65_HS1-834228961_62-HQ-83894_Section_5
Agency: FBI
Page 174
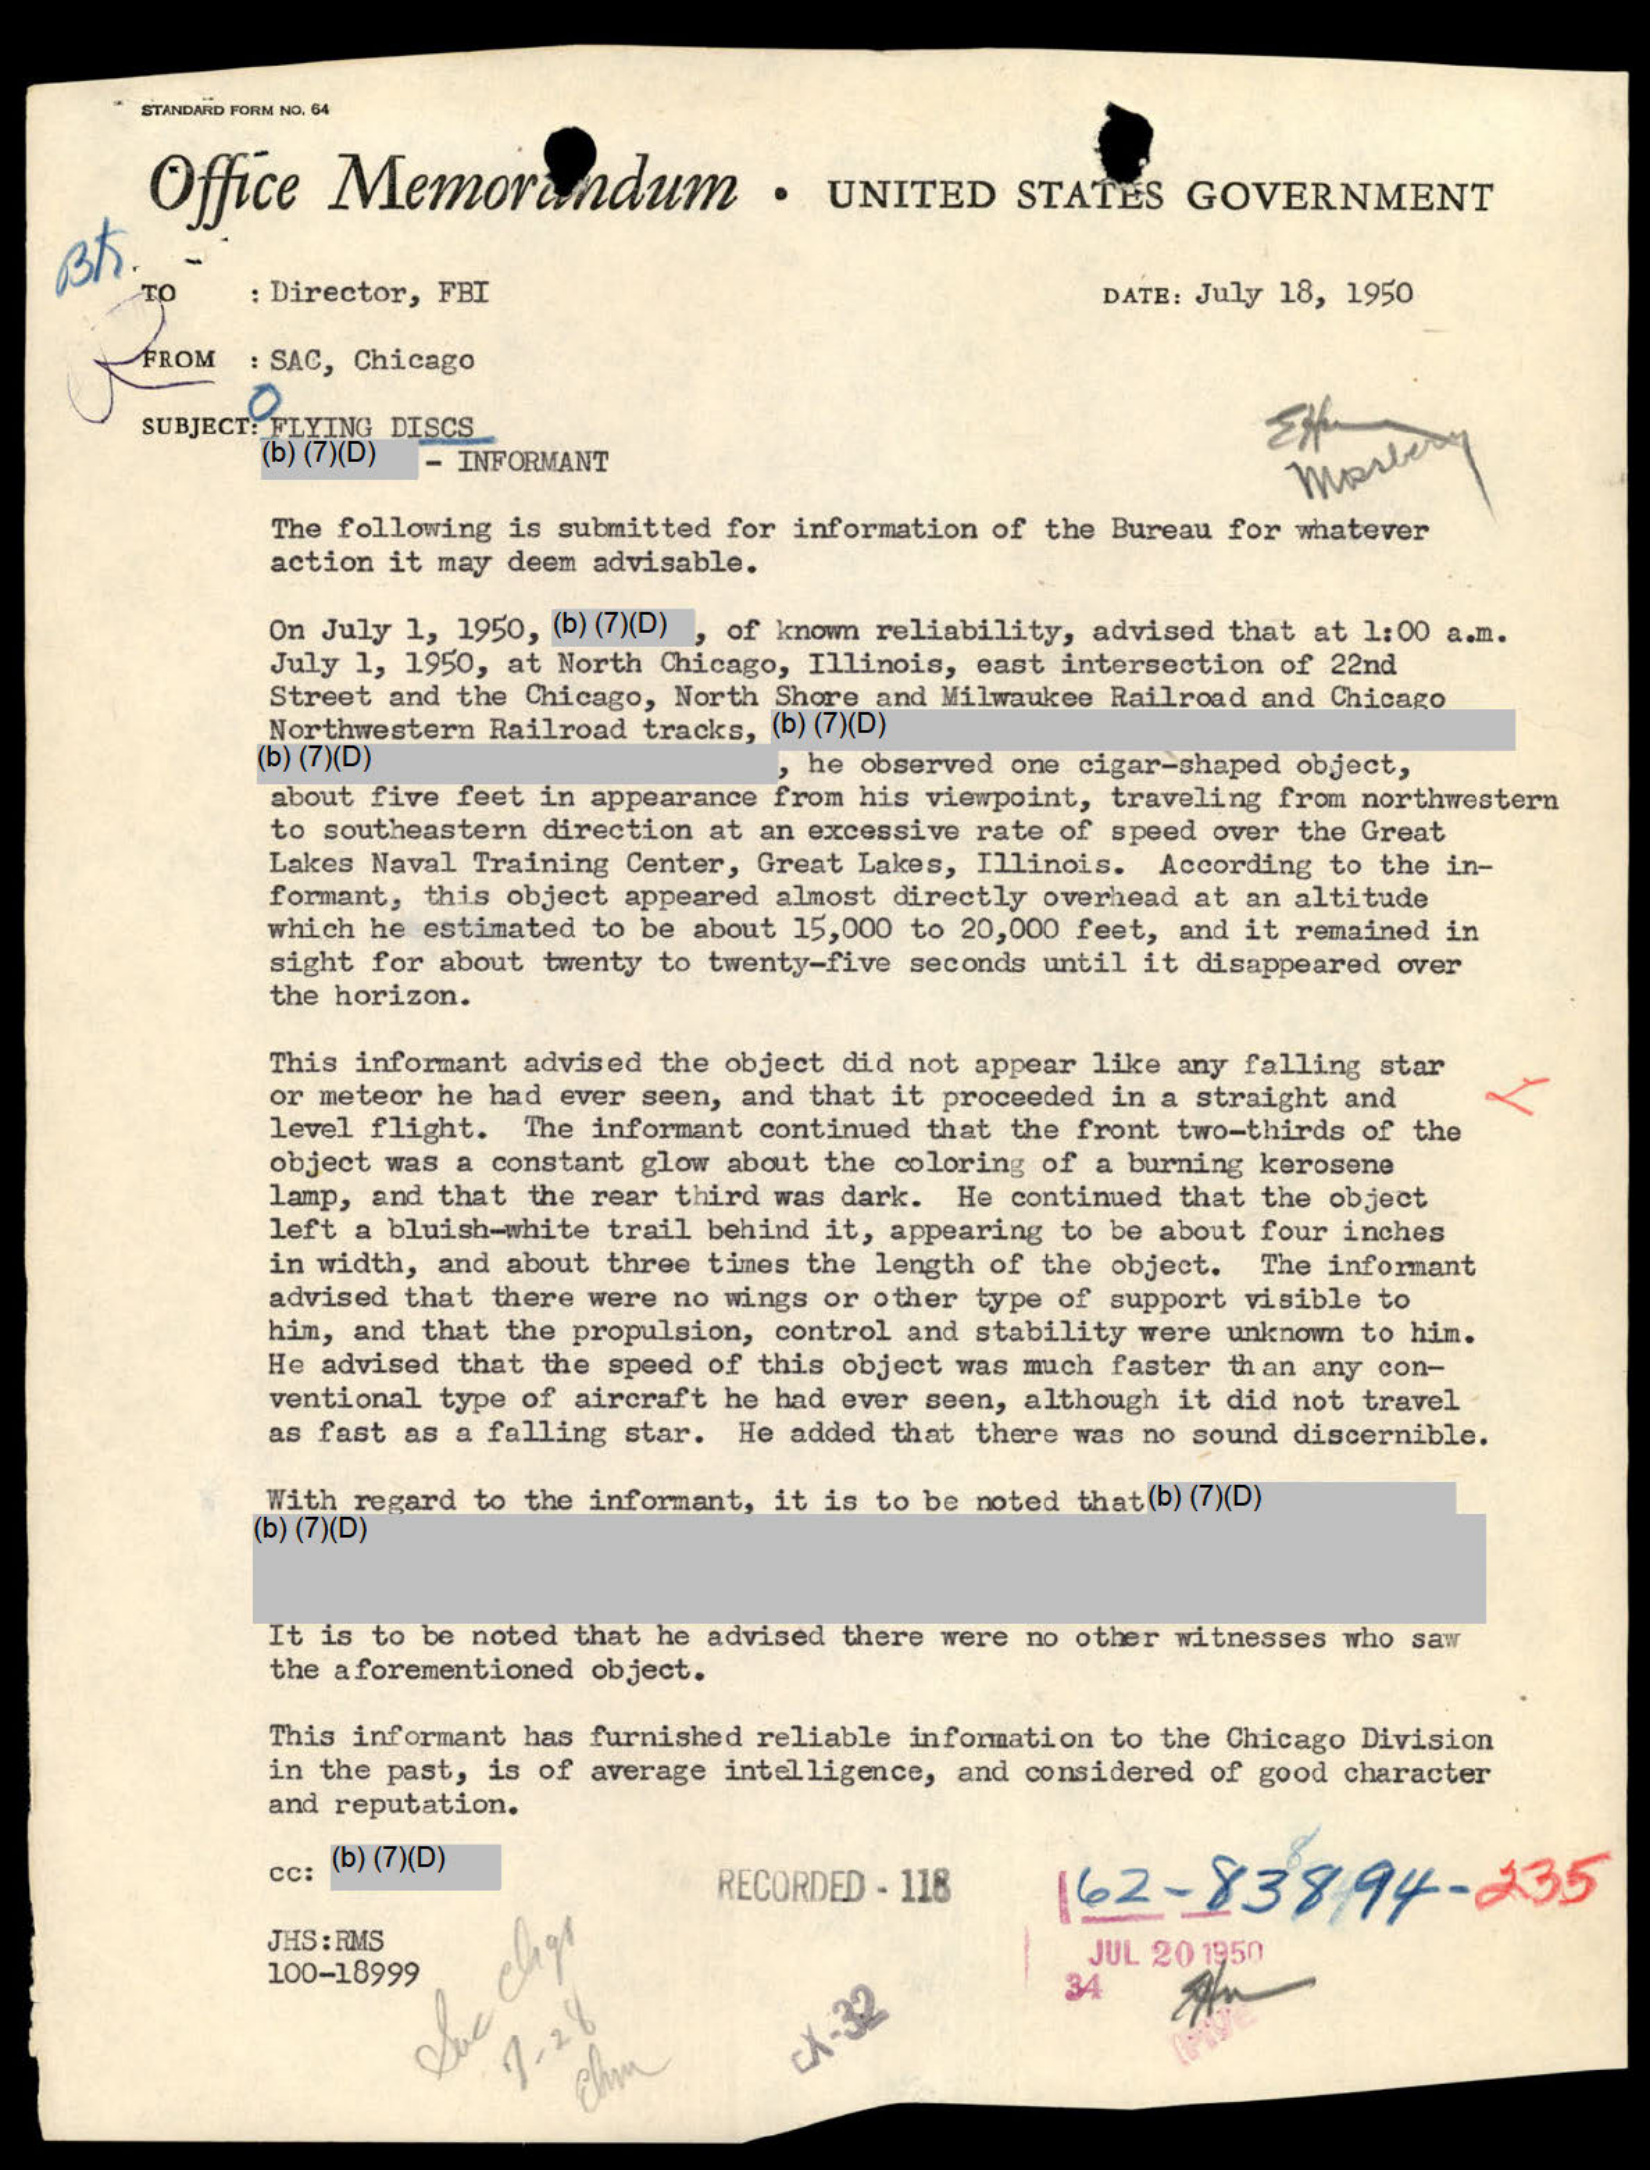